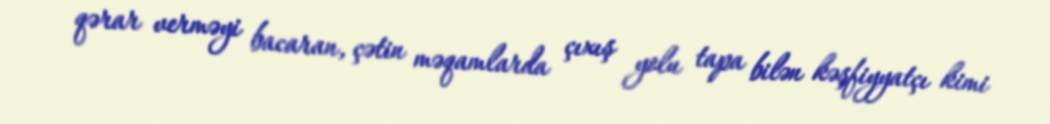
qərar verməyi bacaran, çətin məqamlarda çıxış yolu tapa bilən kəşfiyyatçı kimi